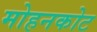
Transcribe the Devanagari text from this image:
मोहनकोट